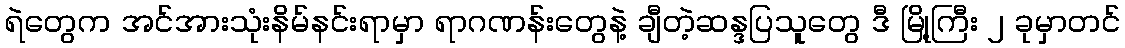
ရဲတွေက အင်အားသုံးနိမ်နင်းရာမှာ ရာဂဏန်းတွေနဲ့ ချီတဲ့ဆန္ဒပြသူတွေ ဒီ မြို့ကြီး ၂ ခုမှာတင်